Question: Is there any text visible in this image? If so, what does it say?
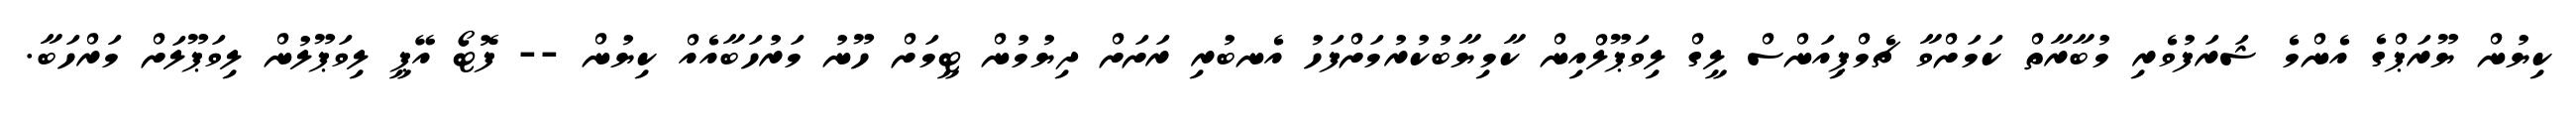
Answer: ކިޔުން ޔޫރަޕްގެ އެންމެ ޝަރަފުވެރި މުބާރާތް ކަމަށްވާ ޗެމްޕިއަންސް ލީގް ލިވަޕޫލްއިން ކާމިޔާބުކުރުމަށްފަހު އެނބުރި ރަށަށް ދިޔުމުން ޓީމަށް ހޫނު މަރުހަބާއެއް ކިޔުން -- ފޮޓޯ އޭޕީ ލިވަޕޫލުން ލިވަޕޫލަށް މަރްހަބާ.